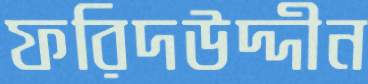
ফরিদউদ্দীন